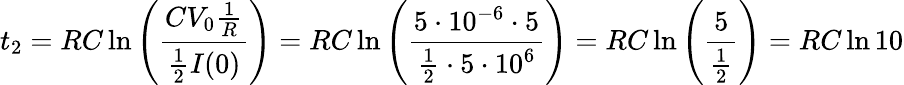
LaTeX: t_{2}=RC\ln\left(\frac{CV_{0}\frac{1}{R}}{\frac{1}{2}I(0)}\right)=RC\ln\left(\frac{5\cdot 10^{-6}\cdot 5}{\frac{1}{2}\cdot 5\cdot 10^{6}}\right)=RC\ln\left(\frac{5}{\frac{1}{2}}\right)=RC\ln 10